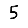
Digit: 5